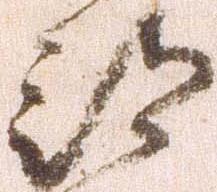
部